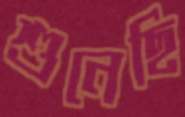
শুনেছি